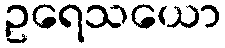
ဥရေသယော